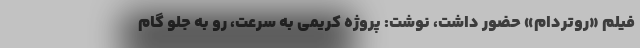
فیلم «روتردام» حضور داشت، نوشت: پروژه کریمی به سرعت، رو به جلو گام